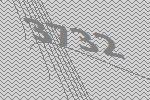
3732